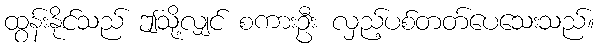
ထွန်းနိုင်သည် ဤသို့လျှင် စကားဦး လှည့်ပစ်တတ်ပေသေးသည်။